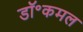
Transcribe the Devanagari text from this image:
डॉ॰कमल